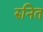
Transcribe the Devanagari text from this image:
रुनित